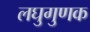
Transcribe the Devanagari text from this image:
लघुगुणक